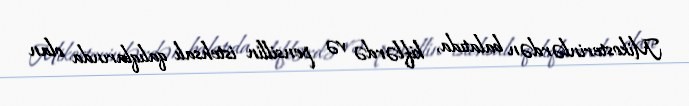
Mikosterinlərdən balatıda, kiflərdə və pensillin istehsalı qalıqlarında olan